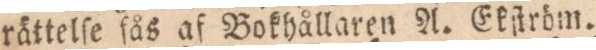
rättelſe fås af Bokhållaren A. Ekſtröm.